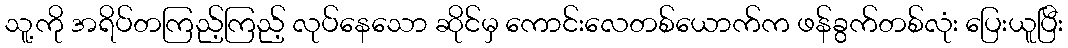
သူ့ကို အရိပ်တကြည့်ကြည့် လုပ်နေသော ဆိုင်မှ ကောင်းလေတစ်ယောက်က ဖန်ခွက်တစ်လုံး ပြေးယူပြီး